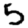
Digit: 5